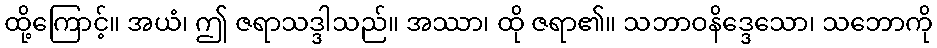
ထို့ကြောင့်။ အယံ၊ ဤ ဇရာသဒ္ဒါသည်။ အဿာ၊ ထို ဇရာ၏။ သဘာဝနိဒ္ဒေသော၊ သဘောကို